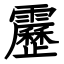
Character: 靂